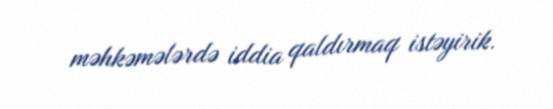
məhkəmələrdə iddia qaldırmaq istəyirik.